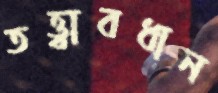
তত্ত্বাবধান